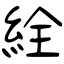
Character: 絟